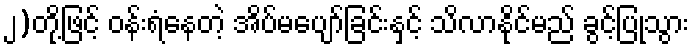
၂)တို့ဖြင့် ဝန်းရံနေတဲ့ အိပ်မပျော်ခြင်းနှင့် သိလာနိုင်မည် ခွင့်ပြုသွား